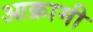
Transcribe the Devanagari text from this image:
आक्रामी